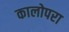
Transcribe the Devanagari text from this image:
कालोपरा